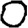
Digit: 0